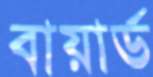
বায়ার্ড